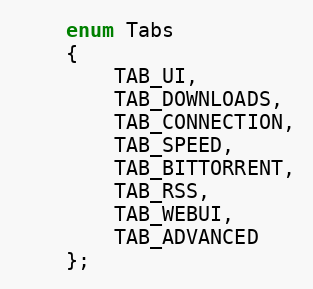
Language: C
    enum Tabs
    {
        TAB_UI,
        TAB_DOWNLOADS,
        TAB_CONNECTION,
        TAB_SPEED,
        TAB_BITTORRENT,
        TAB_RSS,
        TAB_WEBUI,
        TAB_ADVANCED
    };